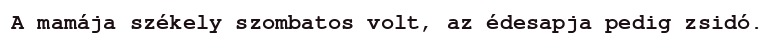
A mamája székely szombatos volt, az édesapja pedig zsidó.